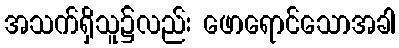
အသက်ရှိသူ၌လည်း ဖောရောင်သောအခါ